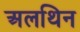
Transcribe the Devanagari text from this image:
अलथिन